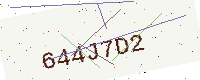
Text: 644J7D2